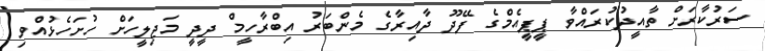
ސަރުކާރަށް ތާއީދުކުރައްވާ ޕީޕީއެމްގެ ފޭދޫ ދާއިރާގެ މެންބަރު އިބްރާހީމް ދީދީ މަޖިލީހަށް ހުށަހެޅުއްވި